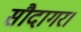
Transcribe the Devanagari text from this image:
सौदागर।